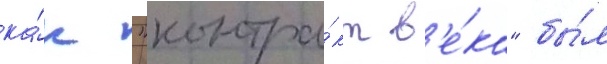
ка́к "контра́кт в'е́ка" бы́л